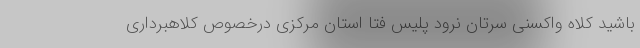
باشید کلاه واکسنی سرتان نرود پلیس فتا استان مرکزی درخصوص کلاهبرداری